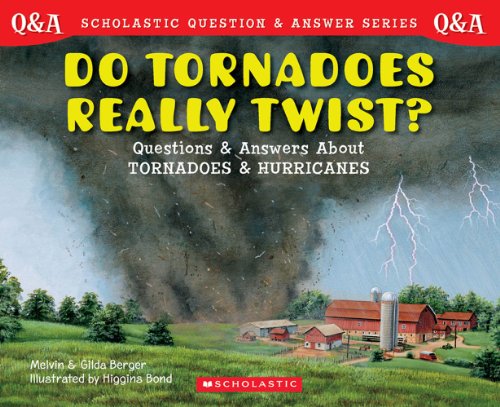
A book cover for Scholastic Question & Answer: Do Tornadoes Really Twist?; Melvin Berger; Science & Math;